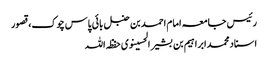
رئیس جامعہ امام احمد بن حنبل بائی پاس چوک،قصور
اسناد محمدابراہیم بن بشیر الحسینوی حفظہ اللہ